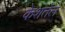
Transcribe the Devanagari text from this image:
केशतेल